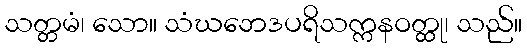
သတ္တမံ၊ သော။ သံဃဘေဒပရိသက္ကနဝတ္ထု၊ သည်။